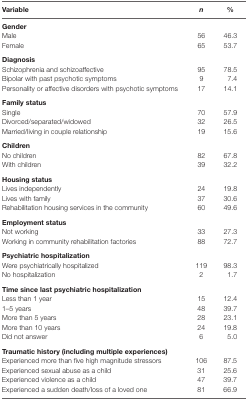
<table><thead><tr><td><b>Variable</b></td><td><b><i>n</i></b></td><td><b>%</b></td></tr></thead><tbody><tr><td colspan="3"><b>Gender</b></td></tr><tr><td>Male</td><td>56</td><td>46.3</td></tr><tr><td>Female</td><td>65</td><td>53.7</td></tr><tr><td colspan="3"><b>Diagnosis</b></td></tr><tr><td>Schizophrenia and schizoaffective</td><td>95</td><td>78.5</td></tr><tr><td>Bipolar with past psychotic symptoms</td><td>9</td><td>7.4</td></tr><tr><td>Personality or affective disorders with psychotic symptoms</td><td>17</td><td>14.1</td></tr><tr><td colspan="3"><b>Family status</b></td></tr><tr><td>Single</td><td>70</td><td>57.9</td></tr><tr><td>Divorced/separated/widowed</td><td>32</td><td>26.5</td></tr><tr><td>Married/living in couple relationship</td><td>19</td><td>15.6</td></tr><tr><td colspan="3"><b>Children</b></td></tr><tr><td>No children</td><td>82</td><td>67.8</td></tr><tr><td>With children</td><td>39</td><td>32.2</td></tr><tr><td colspan="3"><b>Housing status</b></td></tr><tr><td>Lives independently</td><td>24</td><td>19.8</td></tr><tr><td>Lives with family</td><td>37</td><td>30.6</td></tr><tr><td>Rehabilitation housing services in the community</td><td>60</td><td>49.6</td></tr><tr><td colspan="3"><b>Employment status</b></td></tr><tr><td>Not working</td><td>33</td><td>27.3</td></tr><tr><td>Working in community rehabilitation factories</td><td>88</td><td>72.7</td></tr><tr><td colspan="3"><b>Psychiatric hospitalization</b></td></tr><tr><td>Were psychiatrically hospitalized</td><td>119</td><td>98.3</td></tr><tr><td>No hospitalization</td><td>2</td><td>1.7</td></tr><tr><td colspan="3"><b>Time since last psychiatric hospitalization</b></td></tr><tr><td>Less than 1 year</td><td>15</td><td>12.4</td></tr><tr><td>1–5 years</td><td>48</td><td>39.7</td></tr><tr><td>More than 5 years</td><td>28</td><td>23.1</td></tr><tr><td>More than 10 years</td><td>24</td><td>19.8</td></tr><tr><td>Did not answer</td><td>6</td><td>5.0</td></tr><tr><td colspan="3"><b>Traumatic history (including multiple experiences)</b></td></tr><tr><td>Experienced more than five high magnitude stressors</td><td>106</td><td>87.5</td></tr><tr><td>Experienced sexual abuse as a child</td><td>31</td><td>25.6</td></tr><tr><td>Experienced violence as a child</td><td>47</td><td>39.7</td></tr><tr><td>Experienced a sudden death/loss of a loved one</td><td>81</td><td>66.9</td></tr></tbody></table>